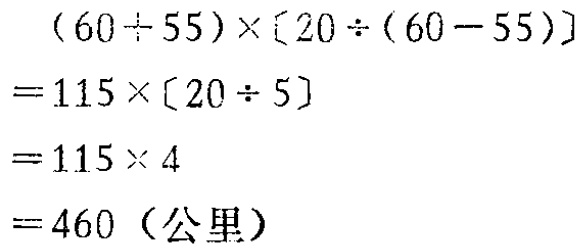
\((60 + 55)\times[20\div(60 - 55)]\\

=115\times[20\div 5]\\

=115\times 4\\

=460（公里）\)